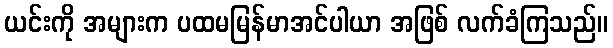
ယင်းကို အများက ပထမမြန်မာအင်ပါယာ အဖြစ် လက်ခံကြသည်။